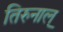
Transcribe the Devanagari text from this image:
तिरुनाल्